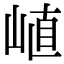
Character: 𡸜